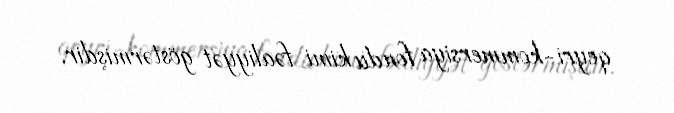
qeyri-kommersiya fondu kimi fəaliyyət göstərmişdir.